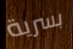
بسرية